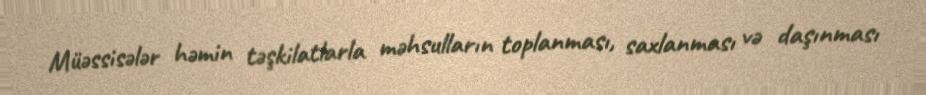
Müəssisələr həmin təşkilatlarla məhsulların toplanması, saxlanması və daşınması